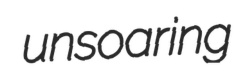
unsoaring